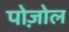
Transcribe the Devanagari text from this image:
पोज़ोल